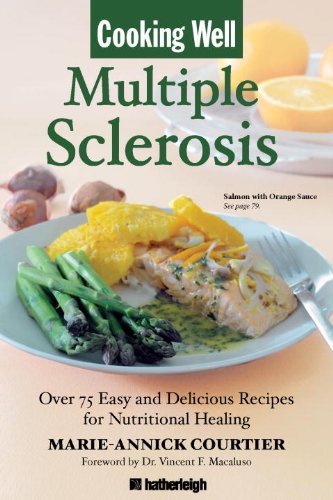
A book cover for Cooking Well: Multiple Sclerosis: Over 75 Easy and Delicious Recipes for Nutritional Healing; Marie-Annick Courtier; Health, Fitness & Dieting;